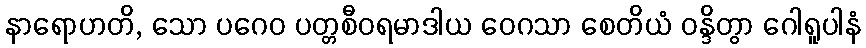
နာရောဟတိ, သော ပဂေဝ ပတ္တစီဝရမာဒါယ ဝေဂသာ စေတိယံ ဝန္ဒိတွာ ဂေါရူပါနံ